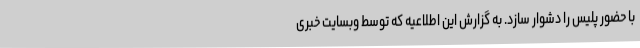
با حضور پلیس را دشوار سازد. به گزارش این اطلاعیه که توسط وبسایت خبری